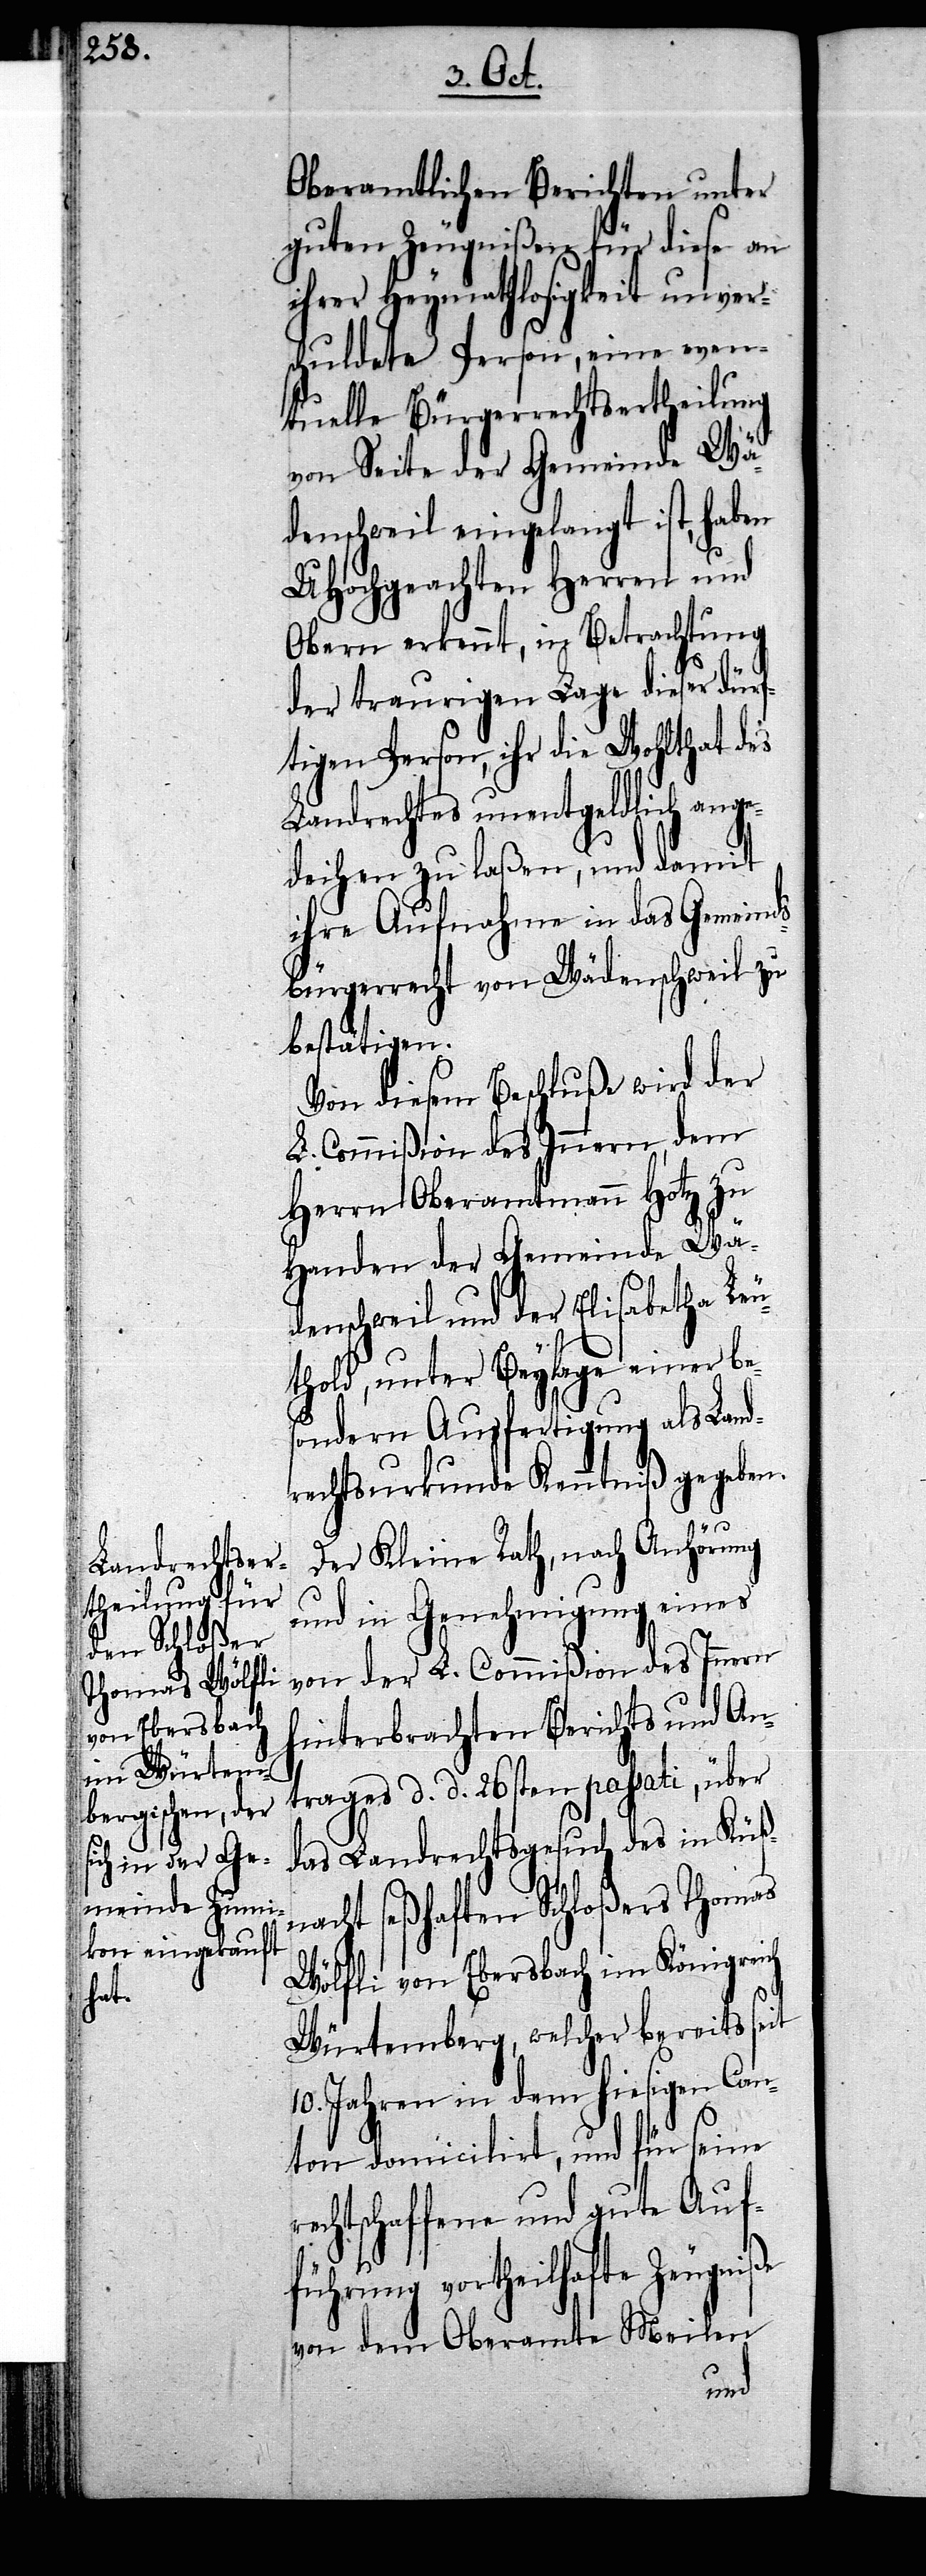
Oberamtlichen Berichten unter
guten Zeugnißen für diese an
ihrer Heymathlosigkeit unver¬
schuldete Person, eine even¬
tuelle Bürgerrechtsertheilung
von Seite der Gemeinde Wä¬
denschweil eingelangt ist, haben
UHochgeachten Herren und
Obern erkennt, in Betrachtung
der traurigen Lage dieser dürf¬
tigen Person, ihr die Wohlthat des
Landrechtes unentgeldlich ange¬
deihen zu laßen, und damit
ihre Aufnahme in das Gemeind¬
sbürgerrecht von Wädenschweil zu
bestätigen.
Von diesem Beschluße wird der
L. Commißion des Innern, dem
Herrn Oberamtmann Hotz zu
Handen der Gemeinde Wä¬
denschweil und der Elisabetha Leu¬
thold, unter Beylage einer bes¬
ondern Ausfertigung als Lan¬
drechtsurkunde Kenntniß gegeben.
Der Kleine Rath, nach Anhörung
und in Genehmigung eines
von der L. Commißion des Innern
hinterbrachten Berichts und An¬
trages d. d. 26sten passati, über
das Landrechtsgesuch des in Küß¬
ht seßhaften Schloßers Thomas
Wölfli von Ebersbach im Königreich
Würtemberg, welcher bereits seit
10. Jahren in dem hiesigen Can¬
ton domicilirt, und für seine
rechtschaffene und gute Auf¬
führung vortheilhafte Zeugniße
von dem Oberamte Meilen
nac¬